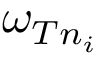
\omega _ { T n _ { i } }